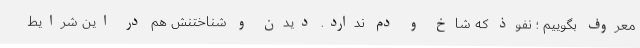
معروف بگوییم ؛ نفوذ که شاخ و دم ندارد. دیدن و شناختنش هم در این شرایط